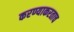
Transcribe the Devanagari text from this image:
करण्याकरताच